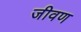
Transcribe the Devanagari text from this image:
जीवण